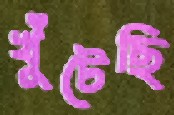
খুঁটেছি